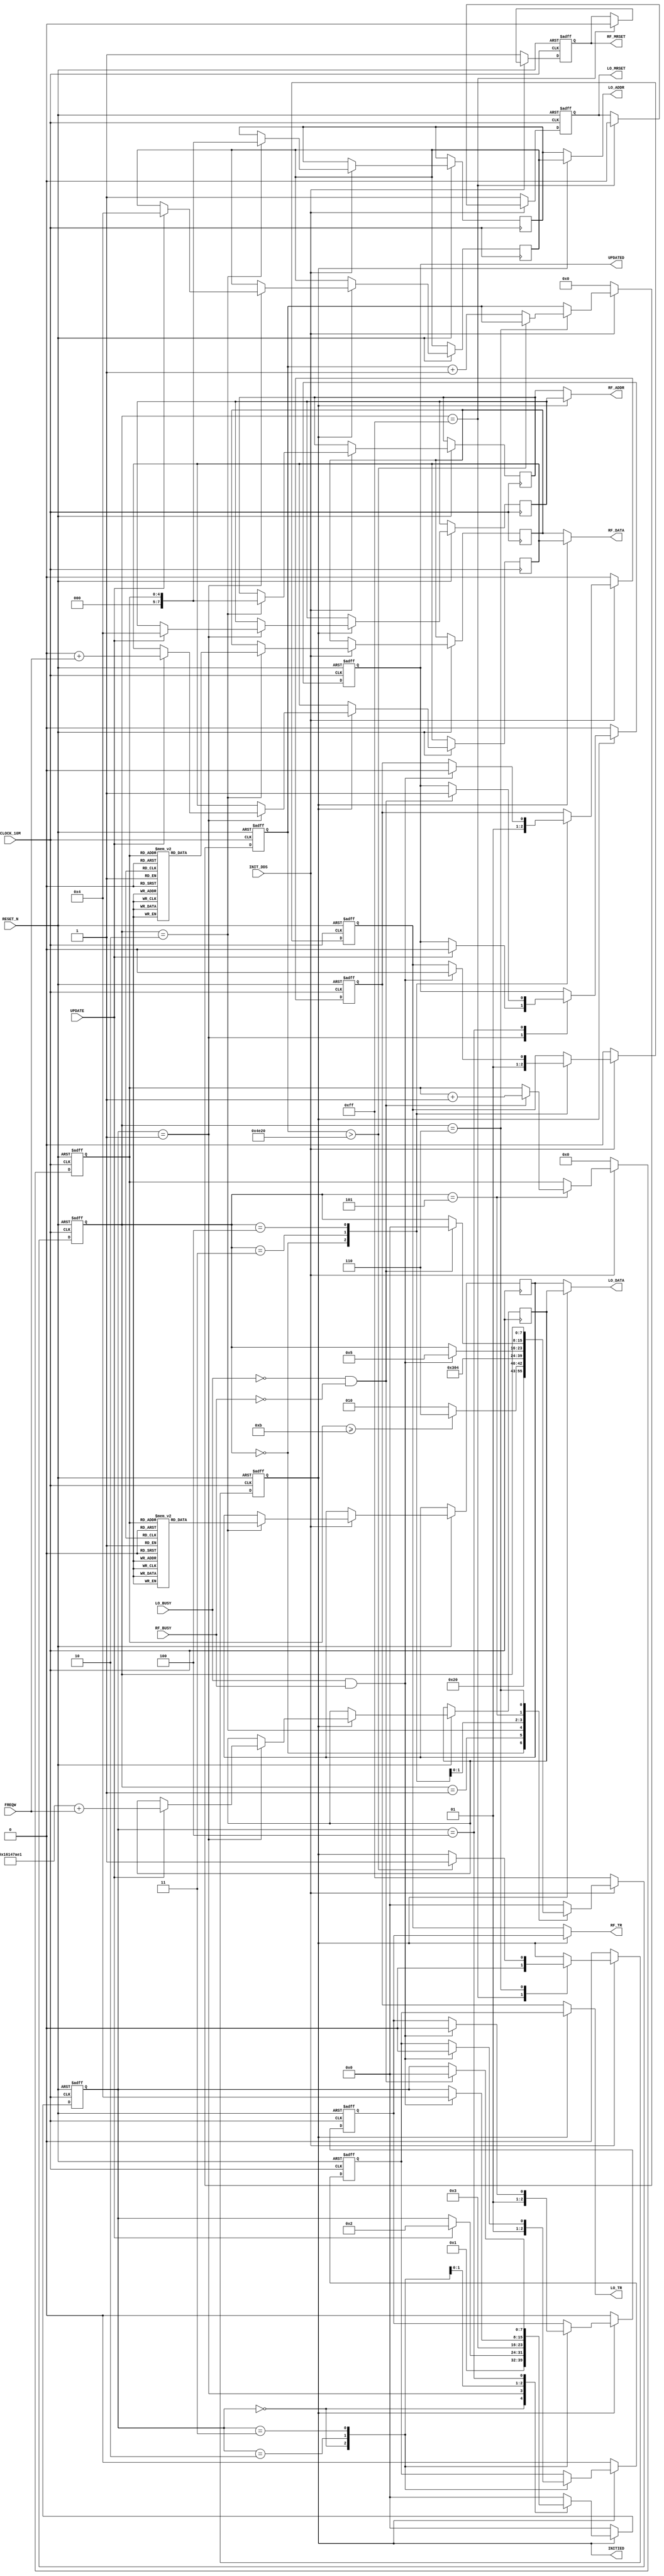


module Frequency_Updater #(parameter starting_freqw_LO = 370440929, starting_freqw_RF = 0)(
    input     wire              CLOCK_10M,
    input     wire              RESET_N,

    // input     wire              TR,
    // input     wire   [ 7:0]     ADDR,
    // input     wire   [31:0]     DATA,

    input     wire              INIT_DDS,
    output    reg               INITIED,

    input     wire   [31:0]     FREQW,
    input     wire              UPDATE,
    output    reg               UPDATED,

    output    wire              LO_TR,
    output    wire   [ 7:0]     LO_ADDR,
    output    wire   [31:0]     LO_DATA,
    output    reg               LO_MRSET,
    input     wire              LO_BUSY,

    output    wire              RF_TR,
    output    wire   [ 7:0]     RF_ADDR,
    output    wire   [31:0]     RF_DATA,
    output    reg               RF_MRSET,
    input     wire              RF_BUSY
    );

    reg  [31:0]   REGS_LO[24:0];
    reg  [31:0]   REGS_RF[24:0];
    reg  [ 4:0]   i;
    reg  [ 7:0]   state1;
    reg  [ 7:0]   state2;


    reg           I_LO_TR;
    reg  [ 7:0]   I_LO_ADDR;
    reg  [31:0]   I_LO_DATA;
    reg           I_RF_TR;
    reg  [ 7:0]   I_RF_ADDR;
    reg  [31:0]   I_RF_DATA;

    reg           U_LO_TR;
    reg  [ 7:0]   U_LO_ADDR;
    reg  [31:0]   U_LO_DATA;
    reg           U_RF_TR;
    reg  [ 7:0]   U_RF_ADDR;
    reg  [31:0]   U_RF_DATA;


    assign LO_TR   = INITIED ? U_LO_TR   : I_LO_TR;
    assign LO_ADDR = INITIED ? U_LO_ADDR : I_LO_ADDR;
    assign LO_DATA = INITIED ? U_LO_DATA : I_LO_DATA;

    assign RF_TR   = INITIED ? U_RF_TR   : I_RF_TR;
    assign RF_ADDR = INITIED ? U_RF_ADDR : I_RF_ADDR;
    assign RF_DATA = INITIED ? U_RF_DATA : I_RF_DATA;

    initial begin
        REGS_LO[0] <= 32'b00000000_00000000_00000000_00100000; //CSR
        REGS_LO[1] <= 32'b00000000_10110011_00000100_00000000; //FR1
        REGS_LO[2] <= 0;                                       //FR2
        REGS_LO[3] <= 32'b00000000_11000000_00000011_00000000; //CFR
        REGS_LO[4] <= 8947849*2;                 //CTW0   536880000  8948   FREQW * 480M / 2^32 = Fout
        REGS_LO[5] <= 0;                                       //CPOW0
        REGS_LO[6] <= 32'b00000000_00000001_11011111_11111111; //ACR
        REGS_LO[7] <= 32'b00000000_00000000_00000000_00000000; //LSR
        REGS_LO[8] <= 32'b00000000_00000000_00000000_00000000; //RDW
        REGS_LO[9] <= 32'b00000000_00000000_00000000_00000000; //FDW
        REGS_LO[10]<= 32'b10000000_00000000_00000000_00000000; //CTW1

        REGS_RF[0] <= 32'b00000000_00000000_00000000_00100000; //CSR
        REGS_RF[1] <= 32'b00000000_10110011_00000100_00000000; //FR1
        REGS_RF[2] <= 0;                                       //FR2
        REGS_RF[3] <= 32'b00000000_11000000_00000011_00000000; //CFR
        REGS_RF[4] <= 8947849*2;                 //CTW0   536880000  8948   FREQW * 480M / 2^32 = Fout
        REGS_RF[5] <= 0;                                       //CPOW0
        REGS_RF[6] <= 32'b00000000_00000001_11011111_11111111; //ACR
        REGS_RF[7] <= 32'b00000000_00000000_00000000_00000000; //LSR
        REGS_RF[8] <= 32'b00000000_00000000_00000000_00000000; //RDW
        REGS_RF[9] <= 32'b00000000_00000000_00000000_00000000; //FDW
        REGS_RF[10]<= 32'b10000000_00000000_00000000_00000000; //CTW1
    end

    reg   [15:0]    delay;

    always @(posedge CLOCK_10M or negedge RESET_N) begin
        if (!RESET_N) begin
            i <= 0;
            I_LO_TR <= 0;
            I_RF_TR <= 0;
            LO_MRSET <= 1;
            RF_MRSET <= 1;
            INITIED <= 0;
            delay <= 0;
            state1 <= 255;
        end else begin
            if (!INIT_DDS) begin
                i <= 0;
                I_LO_TR <= 0;
                I_RF_TR <= 0;
                LO_MRSET <= 1;
                RF_MRSET <= 1;
                INITIED <= 0;
                delay <= 0;
                state1 <= 255;
            end else begin
                case (state1)
                    255:begin
                        INITIED <= 0;
                        LO_MRSET <= 0;
                        RF_MRSET <= 0;
                        state1 <= 0;
                        // if (delay>2048) begin // delay 204.8us for AD9911 being stable
                        //     state1 <= 0;
                        // end else begin
                        //     delay <= delay+1;
                        // end
                    end
                    0  :begin
                            I_LO_TR <= 0;
                            I_RF_TR <= 0;
                            state1 <= 1;
                        end
                    1  :begin
                            if (i>=11) begin
                                state1 <= 6;
                            end else begin
                                state1 <= 2;
                            end
                        end
                    2  :begin
                            I_LO_ADDR <= i;
                            I_RF_ADDR <= i;
                            I_LO_DATA <= REGS_LO[i];
                            I_RF_DATA <= REGS_RF[i];
                            state1 <= 3;
                        end
                    3  :begin
                            I_LO_TR <= 1;
                            I_RF_TR <= 1;
                            state1 <= 4;
                        end
                    4  :begin
                            if (LO_BUSY && RF_BUSY) begin
                                I_LO_TR <= 0;
                                I_RF_TR <= 0;
                                state1 <= 5;
                            end
                        end
                    5  :begin
                            if (!LO_BUSY && !RF_BUSY) begin
                                i <= i+1;
                                state1 <= 0;
                            end
                        end
                    6  :begin
                            if (delay>20000) begin // delay 2ms for AD9911 being stable
                                INITIED <= 1;
                            end else begin
                                delay <= delay+1;
                            end
                        end
                    default: state1 <= 0;
                endcase
            end
        end
    end

    always @(posedge CLOCK_10M or negedge RESET_N) begin
        if (!RESET_N) begin
            U_LO_TR <= 0;
            U_RF_TR <= 0;
            UPDATED <= 0;
            state2 <= 0;
        end else begin
            if (!INITIED) begin
                U_LO_TR <= 0;
                U_RF_TR <= 0;  
                UPDATED <= 0;
                state2 <= 0;
            end else begin
                case (state2)
                    0  :begin
                            U_LO_TR <= 0;
                            U_RF_TR <= 0;
                            state2 <= 1;
                        end
                    1  :begin
                            if (UPDATE) begin
                                U_LO_ADDR <= 4; // address of ad9911 reg CTW0 
                                U_LO_DATA <= starting_freqw_LO + FREQW; // 41.4MHz : 370440929
                                U_RF_ADDR <= 4; // address of ad9911 reg CTW0 
                                U_RF_DATA <= starting_freqw_RF + FREQW; // 41.4MHz : 370440929
                                UPDATED <= 0;
                                state2 <= 2;
                            end
                        end
                    2  :begin
                            U_LO_TR <= 1;
                            U_RF_TR <= 1;
                            state2 <= 3;
                        end
                    3  :begin
                            if (LO_BUSY && RF_BUSY) begin
                                U_LO_TR <= 0;
                                U_RF_TR <= 0;
                                state2 <= 4;
                            end
                        end
                    4  :begin
                            if (!LO_BUSY && !RF_BUSY) begin
                                UPDATED <= 1;
                                state2 <= 0;
                            end
                        end
                    default: state2 <= 0;
                endcase
            end
        end
    end


endmodule